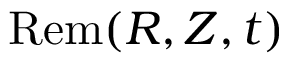
\mathrm { R e m } ( R , Z , t )